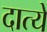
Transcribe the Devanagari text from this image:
दात्ये